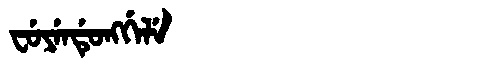
Manchu: ᠸᡠᠶᡝᠨᡩᡠᠩᡤᡝᠯᡝ
Romanization: FUYENDUNGGELE